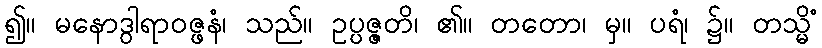
၍။ မနောဒွါရာဝဇ္ဖနံ၊ သည်။ ဥပ္ပဇ္ဇတိ၊ ၏။ တတော၊ မှ။ ပရံ၊ ၌။ တသ္မိံ